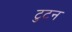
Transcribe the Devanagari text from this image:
टुटन